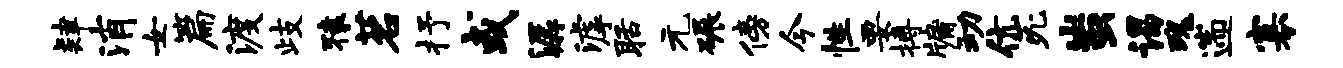
肄消女篇渡歧猿茗抒或潺滹聒元碾傍今性要搏牖动伉死蚩谒瑰遄寡